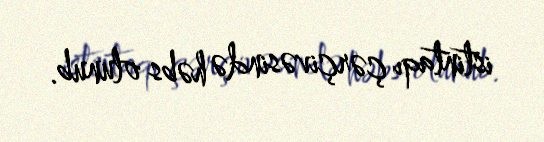
istintaqı çərçivəsində həbs olunub.